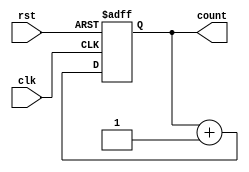
// SimpleCounter


module SimpleCounter(
  input wire clk,
  input wire rst,
  output reg [1:0] count
);

  always @(posedge clk or posedge rst) begin
    if (rst) begin
      // Reset the counter to 2b00 when reset is asserted
      count <= 2'b00;
    end else begin
      // Increment the counter on each rising edge of the clock
      count <= count + 1;
    end
  end

endmodule